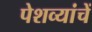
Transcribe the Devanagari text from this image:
पेशव्यांचें